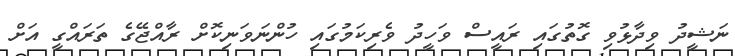
ނަޝީދު ވިދާޅުވި ގޮތުގައި ރައީސް ވަހީދު ވެރިކަމުގައި ހުންނަވަނިކޮށް ރާއްޖޭގެ ތަރައްގީ އަށް